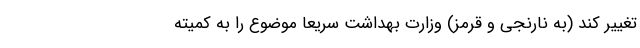
تغییر کند (به نارنجی و قرمز) وزارت بهداشت سریعا موضوع را به کمیته